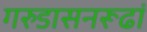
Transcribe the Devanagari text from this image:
गरुडासनरूढां